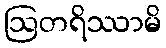
ဩတရိဿာမိ